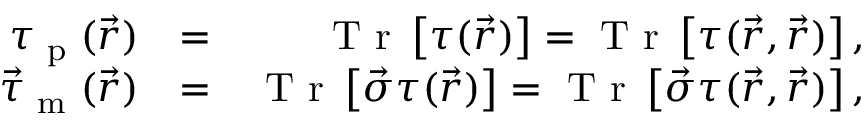
\begin{array} { r l r } { \tau _ { \textrm { p } } ( \vec { r } ) } & { = } & { \textrm { T r } \left[ \boldsymbol { \tau } ( \vec { r } ) \right] = \textrm { T r } \left[ \boldsymbol { \tau } ( \vec { r } , \vec { r } ) \right] , } \\ { \vec { \tau } _ { \textrm { m } } ( \vec { r } ) } & { = } & { \textrm { T r } \left[ \vec { \boldsymbol { \sigma } } \boldsymbol { \tau } ( \vec { r } ) \right] = \textrm { T r } \left[ \vec { \boldsymbol { \sigma } } \boldsymbol { \tau } ( \vec { r } , \vec { r } ) \right] , } \end{array}